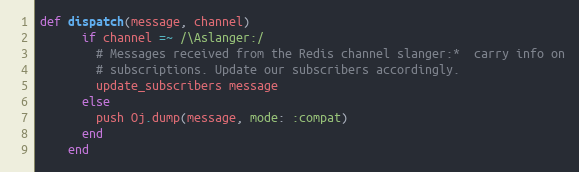
Language: Ruby
def dispatch(message, channel)
      if channel =~ /\Aslanger:/
        # Messages received from the Redis channel slanger:*  carry info on
        # subscriptions. Update our subscribers accordingly.
        update_subscribers message
      else
        push Oj.dump(message, mode: :compat)
      end
    end